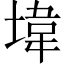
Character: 㙔